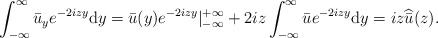
\begin{align*}\begin{aligned}& \int_{-\infty}^{\infty} \bar{u}_y e^{-2izy} \mathrm{d}y = \bar{u}(y) e^{-2izy}|_{-\infty}^{+\infty}+2iz \int_{-\infty}^{\infty} \bar{u}e^{-2izy}\mathrm{d}y= i z \widehat{\bar{u} } ( z).\end{aligned}\end{align*}